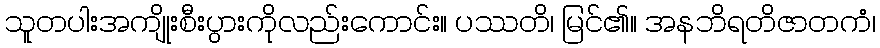
သူတပါးအကျိုးစီးပွားကိုလည်းကောင်း။ ပဿတိ၊ မြင်၏။ အနဘိရတိဇာတကံ၊